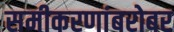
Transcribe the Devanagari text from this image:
समीकरणांबरोबर